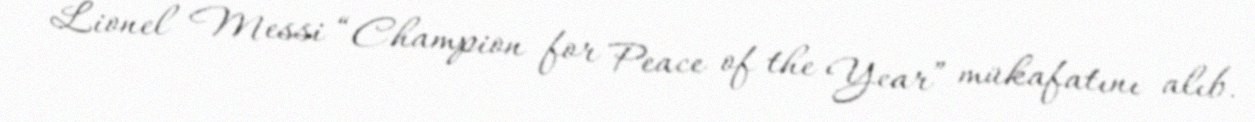
Lionel Messi “Champion for Peace of the Year” mükafatını alıb.